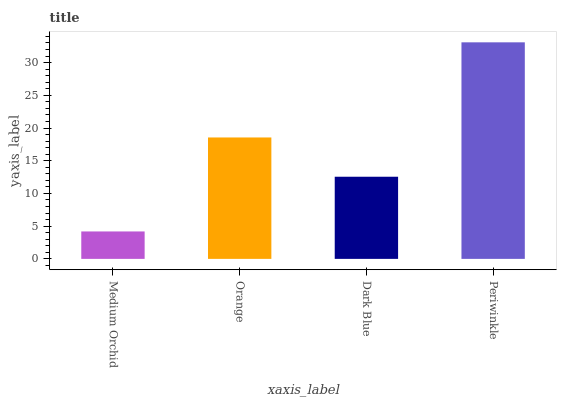
| xaxis_label | bars |
 | --- | --- |
 | Medium Orchid | 4.19 |
 | Orange | 18.6 |
 | Dark Blue | 12.6 |
 | Periwinkle | 33.1 |